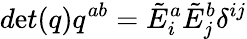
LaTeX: d\mathrm{e}t(q)q^{ab}={\tilde{{E}}}_{i}^{a}{\tilde{{E}}}_{j}^{b}\delta^{ij}